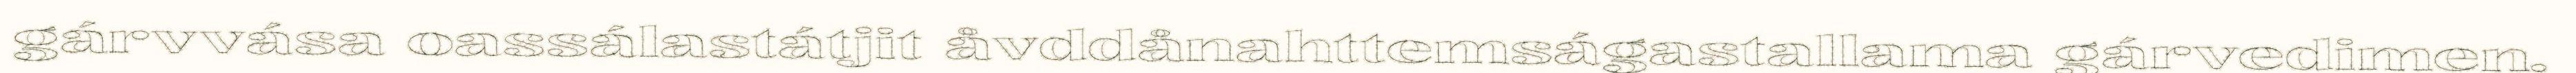
gárvvása oassálastátjit åvddånahttemságastallama gárvedimen.